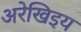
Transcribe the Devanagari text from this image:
अरेखिइय